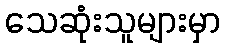
သေဆုံးသူများမှာ